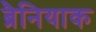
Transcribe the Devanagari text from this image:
ब्रैनियाक